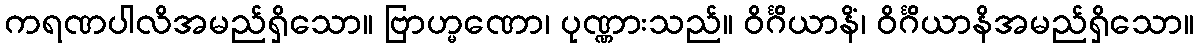
ကရဏပါလိအမည်ရှိသော။ ဗြာဟ္မဏော၊ ပုဏ္ဏားသည်။ ဝိင်္ဂိယာနိံ၊ ဝိင်္ဂိယာနိအမည်ရှိသော။